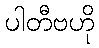
ပါတီဗဟို